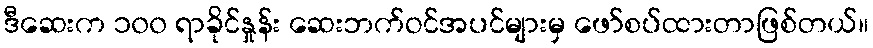
ဒီဆေးက ၁၀၀ ရာခိုင်နှုန်း ဆေးဘက်ဝင်အပင်များမှ ဖော်စပ်ထားတာဖြစ်တယ်။